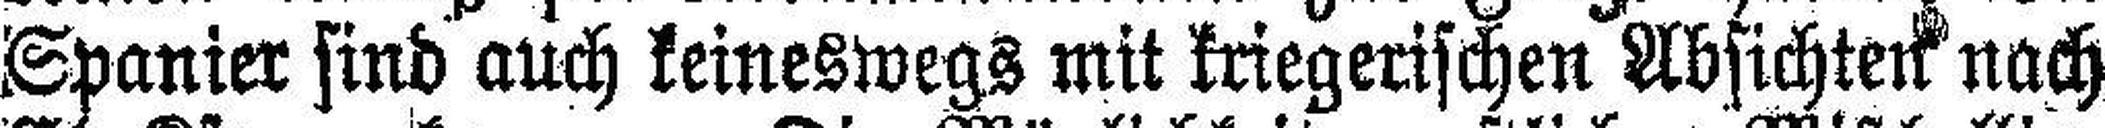
Spanier sind auch keineswegs mit kriegerischen Absichten nach